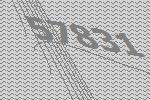
57831